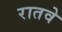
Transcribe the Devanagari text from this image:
रातवे